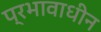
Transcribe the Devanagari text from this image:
प्रभावाधीन